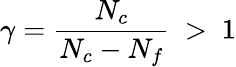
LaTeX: \gamma=\frac{N_{c}}{N_{c}-N_{f}}~>~1